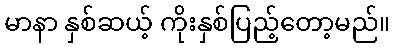
မာနာ နှစ်ဆယ့် ကိုးနှစ်ပြည့်တော့မည်။